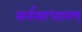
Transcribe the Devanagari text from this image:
सर्वसाधारण्